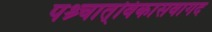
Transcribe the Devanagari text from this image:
पश्र्चात्‌विकासवागद